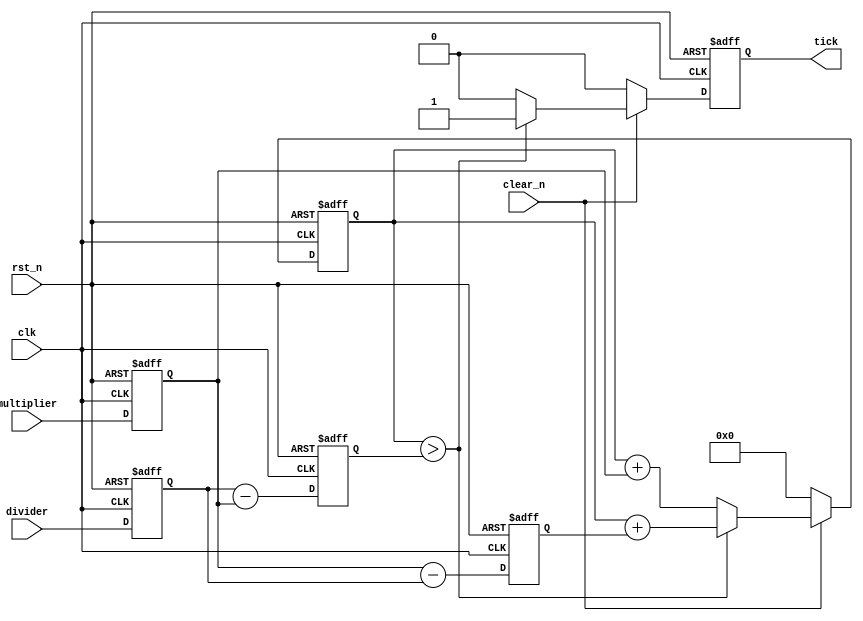
////////////////////////////////////////////////////////////////////////////
// SPDX-FileCopyrightText: 2022 , Julien OURY
//
// Licensed under the Apache License, Version 2.0 (the "License");
// you may not use this file except in compliance with the License.
// You may obtain a copy of the License at
//
//      http://www.apache.org/licenses/LICENSE-2.0
//
// Unless required by applicable law or agreed to in writing, software
// distributed under the License is distributed on an "AS IS" BASIS,
// WITHOUT WARRANTIES OR CONDITIONS OF ANY KIND, either express or implied.
// See the License for the specific language governing permissions and
// limitations under the License.
// SPDX-License-Identifier: Apache-2.0
// SPDX-FileContributor: Created by Julien OURY <julien.oury@outlook.fr>
//
////////////////////////////////////////////////////////////////////////////

module prescaler #(
  parameter BITS = 32
)(
  input  wire            rst_n      , // Asynchronous reset (active low)
  input  wire            clk        , // Clock (rising edge)
  input  wire            clear_n    , // Synchronous reset (active low)

  input  wire [BITS-1:0] multiplier , // frequency multiplier
  input  wire [BITS-1:0] divider    , // frequency divider

  output reg             tick         // output clock [Ftick=Fclk*(multiplier/divider)] with multiplier <= divider

);

  reg [BITS-1:0] div;
  reg [BITS-1:0] mul;
  reg [BITS-1:0] div_m_mul;
  reg [BITS-1:0] mul_m_div;
  reg [BITS-1:0] counter;

  always @(negedge rst_n or posedge clk) begin
    if (rst_n == 1'b0) begin
	  mul       <= {(BITS){1'b0}};
      div       <= {(BITS){1'b0}};
	  div_m_mul <= {(BITS){1'b0}};
      mul_m_div <= {(BITS){1'b0}};
      counter   <= {(BITS){1'b0}};
      tick    <= 1'b0;
    end else begin
      if (clear_n == 1'b0) begin
        counter   <= {(BITS){1'b0}};
        tick      <= 1'b0;
      end else begin
        if (counter > div_m_mul) begin
          counter <= counter + mul_m_div;
          tick    <= 1'b1;
        end else begin
          counter <= counter + mul;
          tick    <= 1'b0;
        end
      end
	  mul       <= multiplier;
      div       <= divider   ;
	  div_m_mul <= div - mul ;
      mul_m_div <= mul - div ;
    end
  end

endmodule